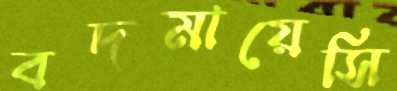
বদমায়েসি